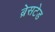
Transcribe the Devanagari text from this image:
ब्रेसटेड